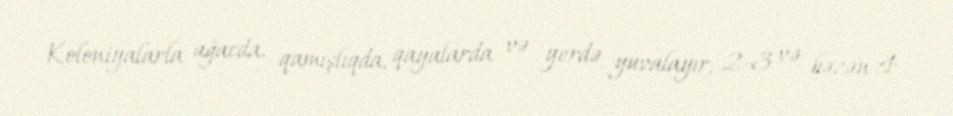
Koloniyalarla ağacda, qamışlıqda, qayalarda və yerdə yuvalayır; 2-3 və bəzən 4